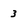
Character: 3